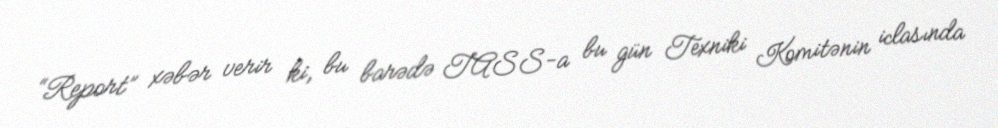
“Report” xəbər verir ki, bu barədə TASS-a bu gün Texniki Komitənin iclasında